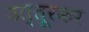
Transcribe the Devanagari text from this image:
उत्तूरकर